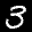
Label: 3